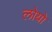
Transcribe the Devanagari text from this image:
लोयो